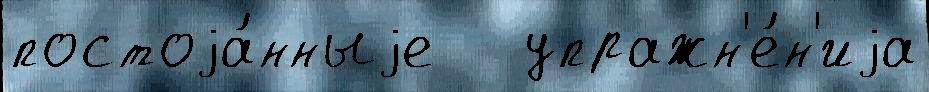
постоjа́нныjе   упражн'е́н'иjа